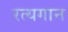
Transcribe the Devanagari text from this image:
रत्यगान